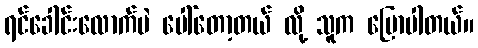
ရင်ခေါင်းလောက်ပဲ ပေါ်တော့တယ် လို့ သူက ပြောပါတယ်။